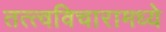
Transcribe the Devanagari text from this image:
तत्त्वविचारामध्ये